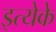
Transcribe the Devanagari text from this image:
इत्येके